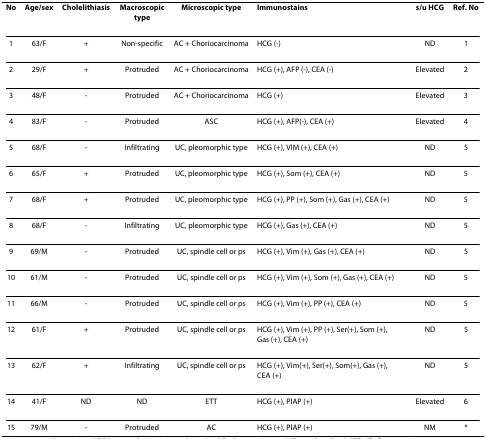
| No | Age/sex | Cholelithiasis | Macroscopic type | Microscopic type | Immunostains | s/u HCG | Ref. No |
 | --- | --- | --- | --- | --- | --- | --- | --- |
 | 1 | 63/F | + | Non-specific | AC + Choriocarcinoma | HCG (-) | ND | 1 |
 | 2 | 29/F | + | Protruded | AC + Choriocarcinoma | HCG (+), AFP (-), CEA (-) | Elevated | 2 |
 | 3 | 48/F | - | Protruded | AC + Choriocarcinoma | HCG (+) | Elevated | 3 |
 | 4 | 83/F | - | Protruded | ASC | HCG (+), AFP(-), CEA (+) | Elevated | 4 |
 | 5 | 68/F | - | Infiltrating | UC, pleomorphic type | HCG (+), VIM (+), CEA (+) | ND | 5 |
 | 6 | 65/F | + | Protruded | UC, pleomorphic type | HCG (+), Som (+), CEA (+) | ND | 5 |
 | 7 | 68/F | + | Protruded | UC, pleomorphic type | HCG (+), PP (+), Som (+), Gas (+), CEA (+) | ND | 5 |
 | 8 | 68/F | - | Infiltrating | UC, pleomorphic type | HCG (+), Gas (+), CEA (+) | ND | 5 |
 | 9 | 69/M | - | Protruded | UC, spindle cell or ps | HCG (+), Vim (+), Gas (+), CEA (+) | ND | 5 |
 | 10 | 61/M | - | Protruded | UC, spindle cell or ps | HCG (+), Vim (+), Som (+), Gas (+), CEA (+) | ND | 5 |
 | 11 | 66/M | - | Protruded | UC, spindle cell or ps | HCG (+), Vim (+), PP (+), CEA (+) | ND | 5 |
 | 12 | 61/F | + | Protruded | UC, spindle cell or ps | HCG (+), Vim (+), PP (+), Ser(+), Som (+), Gas (+), CEA (+) | ND | 5 |
 | 13 | 62/F | + | Infiltrating | UC, spindle cell or ps | HCG (+), Vim(+), Ser(+), Som(+), Gas (+), CEA (+) | ND | 5 |
 | 14 | 41/F | ND | ND | ETT | HCG (+), PlAP (+) | Elevated | 6 |
 | 15 | 79/M | - | Protruded | AC | HCG (+), PlAP (+) | NM | * |